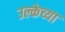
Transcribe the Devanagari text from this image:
उल्केच्या